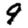
Digit: 9